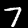
Label: 7